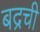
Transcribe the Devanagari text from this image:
बद्रची